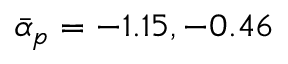
\bar { \alpha } _ { p } = - 1 . 1 5 , - 0 . 4 6